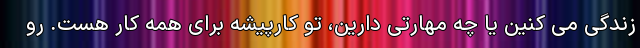
زندگی می کنین یا چه مهارتی دارین، تو کارپیشه برای همه کار هست. رو